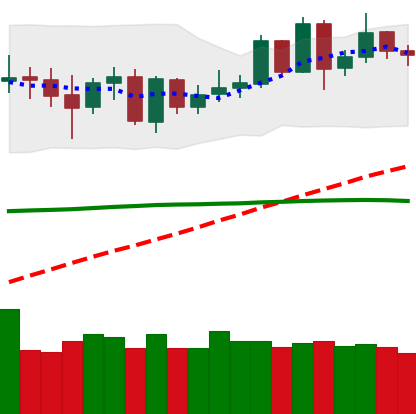
Ticker: DOGE-USD
Chart end date: 2020-06-06
Forward return: -5.218%
Label: down_5_7